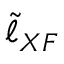
\tilde { \ell } _ { X F }